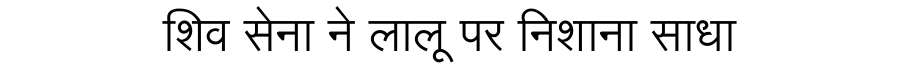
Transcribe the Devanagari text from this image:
शिव सेना ने लालू पर निशाना साधा